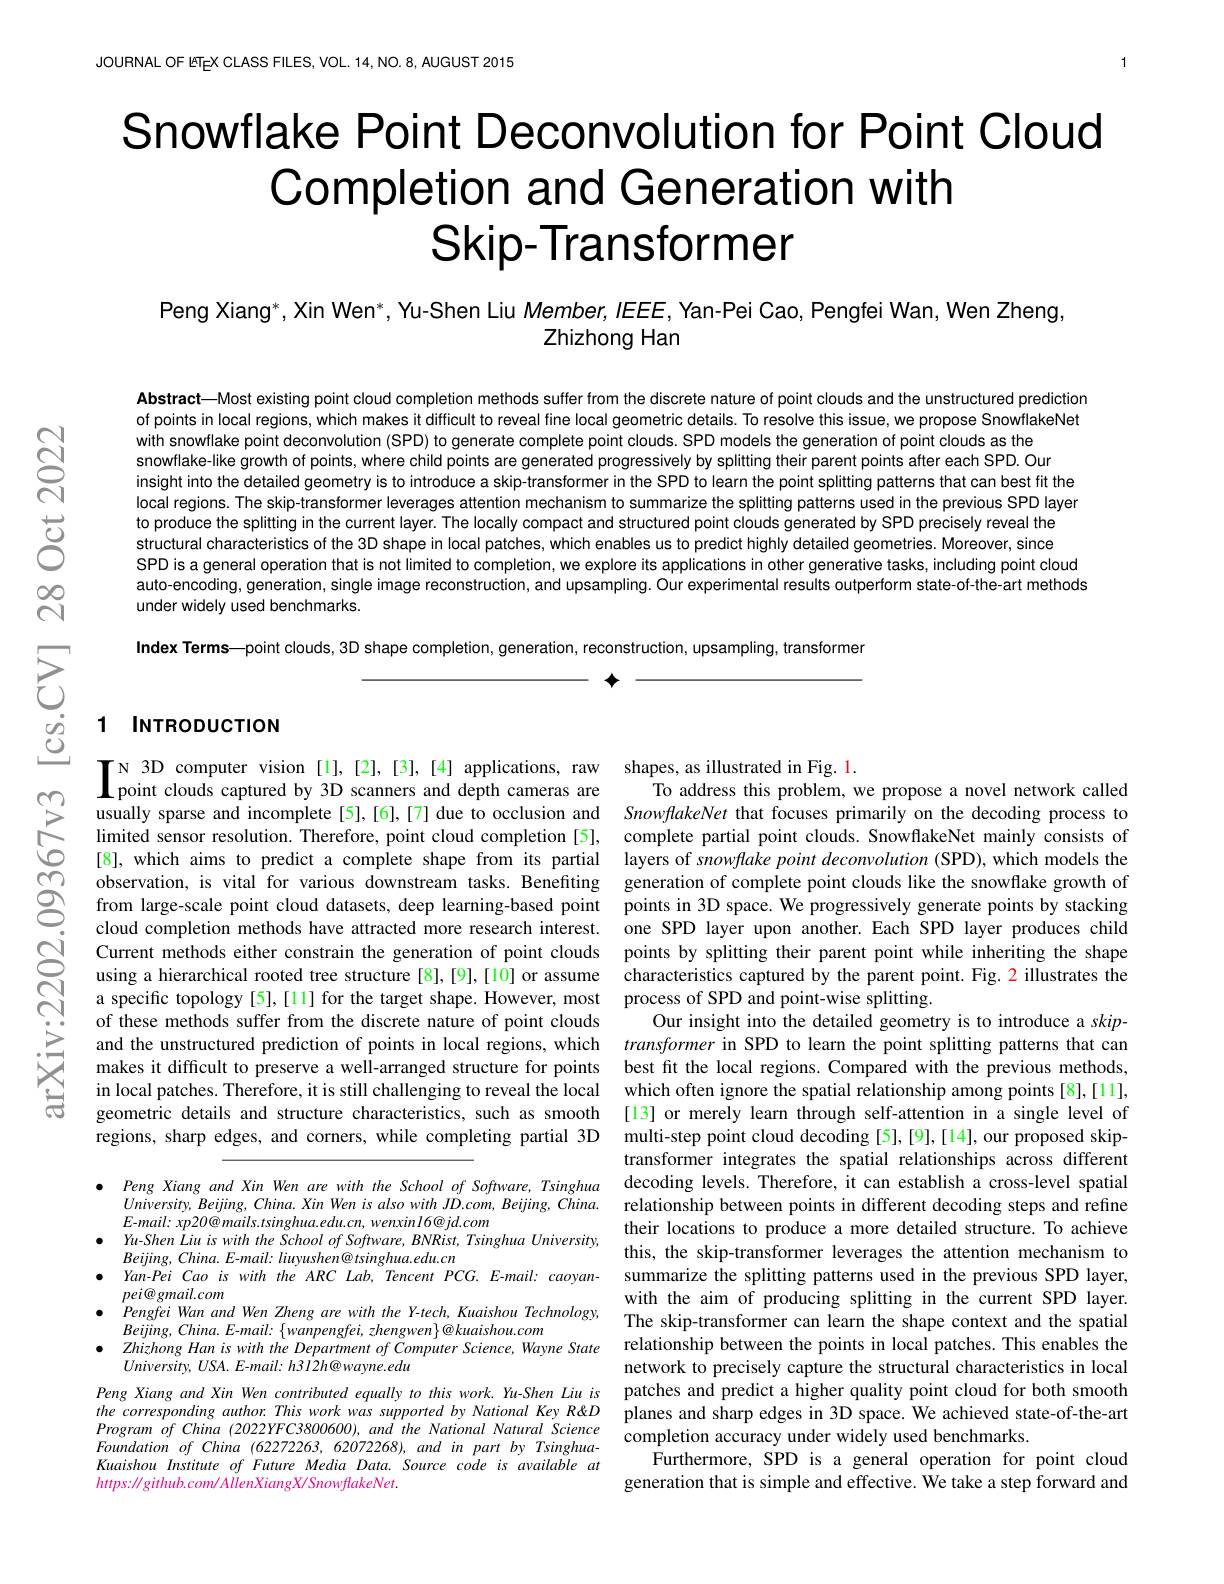
JOURNAL OF ETEX CLASS FILES, VOL. 14, NO. 8, AUGUST 2015

# Snowflake Point Deconvolutio Completion and Generation with Skip-Transformer

Peng Xiang*, Xin Wen*, Yu-Sh
Zhizhong Han

Abstract—Most existing point cloud completion methods suffer from the discrete nature of point clouds and the unstructured prediction of points in local regions, which makes it difficult to reveal fine local geometric details. To resolve this issue, we propose SnowflakeNet with snowflake point deconvolution (SPD) to generate complete point clouds. SPD models the generation of point clouds as the snowflake-like growth of points, where child points are generated progressively by splitting their parent points after each SPD. Our insight into the detailed geometry is to introduce a skip-transformer in the SPD to learn the point splitting patterns that can best fit the local regions. The skip-transformer leverages attention mechanism to summarize the splitting patterns used in the previous SPD layer to produce the splitting in the current layer. The locally compact and structured point clouds generated by SPD precisely reveal the structural characteristics of the 3D shape in local patches, which enables us to predict highly detailed geometries. Moreover, since SPD is a general operation t auto-encoding, generation, single image reconstruction, and upsampling. Our experimental results outperform state-of-the-art methods under widely used benchmarks.

Index Terms—point clouds, 3D shape completion, generation, reconstruction, upsampling, transformer

$\textbf{个 }$

### 1 INTRODUCTION

$\prod_{\text{point clouds captured b}}$

usually sparse and incomplete [5],[6],[7] due to occlusion and SnowflakeNet that focuses primarily on the decoding process to limited sensor resolution. Therefore, point cloud completion [5], complete partial point clouds. SnowflakeNet mainly consists of [8], which aims to predict a complete shape from its partial
Current methods either constrain the generation of point clouds points by splitting their parent point while inheriting the shape using a hierarchical rooted tree structure[8],[9],[10] or assume characteristics captured by the parent point. Fig. 2 illustrates the a specific topology[5],[11] for the target shape. However, most process of SPD and point-wise splitting.
of these methods suffer from the discrete nature of point clouds
and the unstructured prediction of points in local regions, which transformer in SPD to learn the point splitting patterns that can
makes it difficult to preserve a well-arranged structure for points
in local patches. Therefore, it is still challenging to reveal the local which often ignore the spatial relationship among points [8],[11], geometric details and structure characteristics, such as smooth [13] or merely learn through self-attention in a single level of regions, sharp edges, and co

layers of snowflake point de
Our insight into the detaile best fit the local regions. Compared with the previous methods, transformer integrates the spatial relationships across different decoding levels. Therefore, it can establish a cross-level spatial relationship between points in different decoding steps and refine their locations to produce a more detailed structure. To achieve
$\begin{array}{lllll}\bullet&\text{Yu-Shen Liu is with the School of Software, BNRist, Tsinghua University, }&\text{uncıl nocatons o pioucca mocuca sıncucucu.sıcın}\\&\text{Bejing, Ching, China. E-mail: linyushen@ tsinghua.edu.cn}&&\text{this, the skip-transformer leverages the attention mech}\end{array}$
Yan-Pei Cao is with the ARC Lab, Tencent PCG. E-mail: caoyan- summarize the splitting patterns used in the previous SPD layer,
with the aim of producing splitting in the current SPD layer. The skip-transformer can learn the shape context and the spatial
$\bullet$ Zhizhong Han is with the
network to precisely capture the structural characteristics in local
Peng Xiang and Xin Wen contributed equally to this work. Yu-Shen Liu is patches and predict a higher quality point cloud for both smooth the corresponding author. Th
completion accuracy under widely used benchmarks.
Furthermore, SPD is a general operation for point cloud generation that is simple and effective. $\hat{\text{We take a step forward and}}$

$\bullet$ $PengXiangandXinWenarewiththeSchoolofSoftware, Tsinghua$
$University,Beijing,China.XinWenisalsowithJD.com,Beijing,China.$
$E$-mail: xp20@mails.tsinghua.edu.cn, wenxinl6@jd.com
$Beijing,China.E-mail:liuyushen@tsinghua.edu.cn$
pei@ gmail.com
$\bullet$ Pengfei Wan and Wen Zhen
$Beijing,China.E-mail:\{wanpe$
$University,USA.E-mail:h3I2h@wayne.edu$
Program of China (2022YFC380 $FoundationofChina(62272263,62072268),andinpartbyTsinghua-$ Kuaishou Institute of Future Media Data. Source code is available at $https:\|github.com/AllenXiangX/SnowflakeNet.$